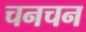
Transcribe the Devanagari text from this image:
चनचन